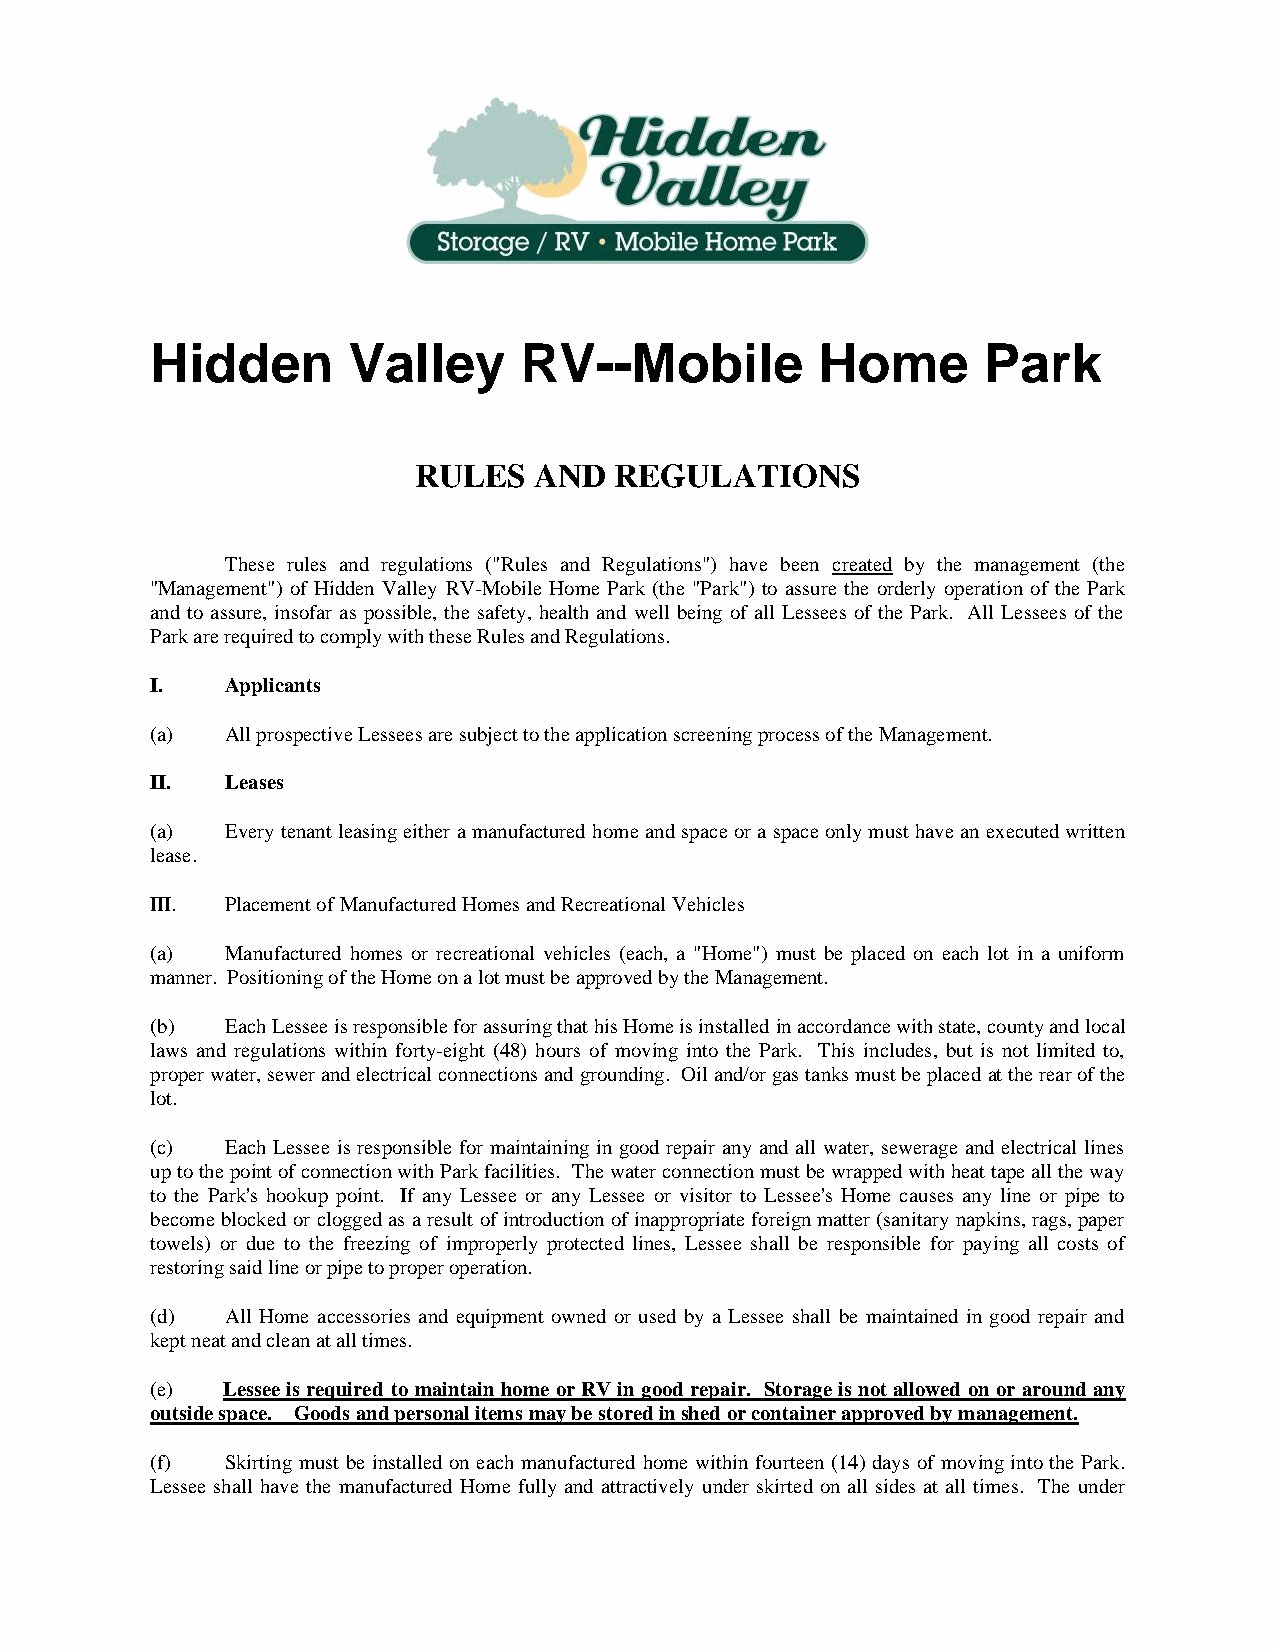
Hidden       Valley     RV--Mobile          Home       Park
 RULES   AND   REGULATIONS
 These rules and regulations ("Rules and Regulations") have been created by the management (the
 "Management") of Hidden Valley RV-Mobile Home Park (the "Park") to assure the orderly operation of the Park
 and to assure, insofar as possible, the safety, health and well being of all Lessees of the Park. All Lessees of the
 Park are required to comply with these Rules and Regulations.
 I.   Applicants
 (a)  All prospective Lessees are subject to the application screening process of the Management.
 II.  Leases
 (a)  Every tenant leasing either a manufactured home and space or a space only must have an executed written
 lease.
 III. Placement of Manufactured Homes and Recreational Vehicles
 (a)  Manufactured homes or recreational vehicles (each, a "Home") must be placed on each lot in a uniform
 manner. Positioning of the Home on a lot must be approved by the Management.
 (b)  Each Lessee is responsible for assuring that his Home is installed in accordance with state, county and local
 laws and regulations within forty-eight (48) hours of moving into the Park. This includes, but is not limited to,
 proper water, sewer and electrical connections and grounding. Oil and/or gas tanks must be placed at the rear of the
 lot.
 (c)  Each Lessee is responsible for maintaining in good repair any and all water, sewerage and electrical lines
 up to the point of connection with Park facilities. The water connection must be wrapped with heat tape all the way
 to the Park's hookup point. If any Lessee or any Lessee or visitor to Lessee's Home causes any line or pipe to
 become blocked or clogged as a result of introduction of inappropriate foreign matter (sanitary napkins, rags, paper
 towels) or due to the freezing of improperly protected lines, Lessee shall be responsible for paying all costs of
 restoring said line or pipe to proper operation.
 (d)  All Home accessories and equipment owned or used by a Lessee shall be maintained in good repair and
 kept neat and clean at all times.
 (e)  Lessee is required to maintain home or RV in good repair. Storage is not allowed on or around any
 outside space. Goods and personal items may be stored in shed or container approved by management.
 (f)  Skirting must be installed on each manufactured home within fourteen (14) days of moving into the Park.
 Lessee shall have the manufactured Home fully and attractively under skirted on all sides at all times. The under